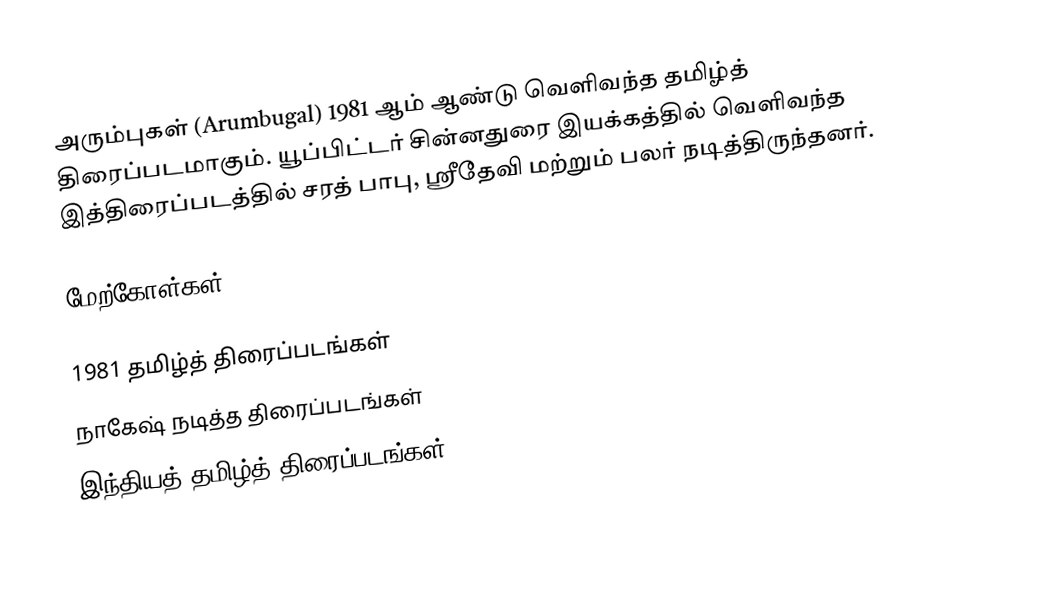
அரும்புகள் (Arumbugal) 1981 ஆம் ஆண்டு வெளிவந்த தமிழ்த் திரைப்படமாகும். யூப்பிட்டர் சின்னதுரை இயக்கத்தில் வெளிவந்த இத்திரைப்படத்தில் சரத் பாபு, ஸ்ரீதேவி மற்றும் பலர் நடித்திருந்தனர்.

மேற்கோள்கள்

1981 தமிழ்த் திரைப்படங்கள்
நாகேஷ் நடித்த திரைப்படங்கள்
இந்தியத் தமிழ்த் திரைப்படங்கள்